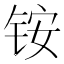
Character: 铵